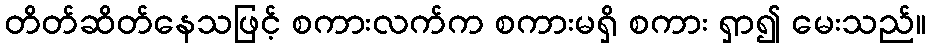
တိတ်ဆိတ်နေသဖြင့် စကားလက်က စကားမရှိ စကား ရှာ၍ မေးသည်။